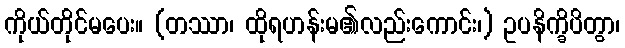
ကိုယ်တိုင်မပေး။ (တဿာ၊ ထိုရဟန်းမ၏လည်းကောင်း၊) ဥပနိက္ခိပိတွာ၊